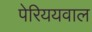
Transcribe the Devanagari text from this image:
पेरिययवाल